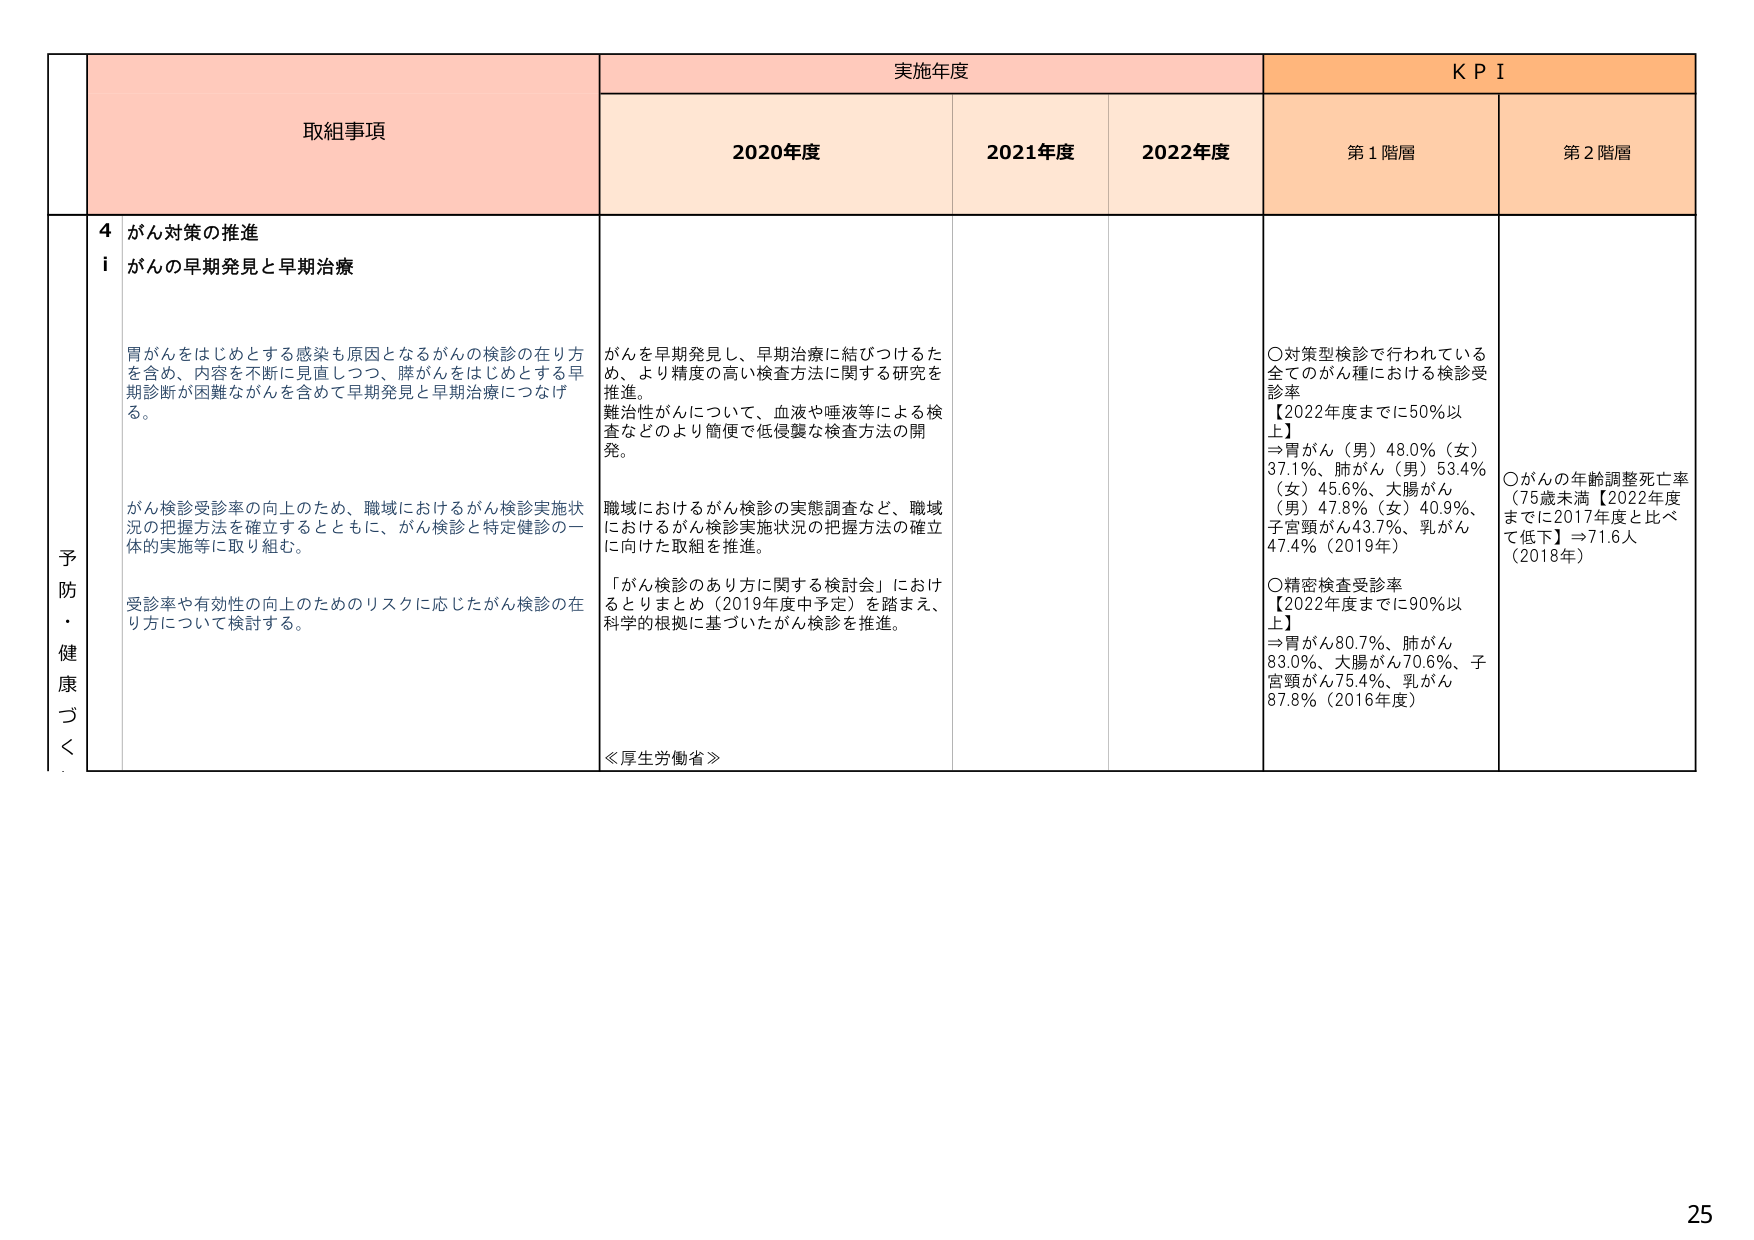
予防・健康づくり

取組事項

実施年度

KPI

2020年度

2021年度

2022年度

第1階層

第2階層

4 がん対策の推進

i がんの早期発見と早期治療

胃がんをはじめとする感染も原因となるがんの検診の在り方を含め、内容を不断に見直しつつ、膵がんをはじめとする早期診断が困難ながんを含めて早期発見と早期治療につなげる。

がん検診受診率の向上のため、職域におけるがん検診実施状況の把握方法を確立するとともに、がん検診と特定健診の一体的実施等に取り組む。

受診率や有効性の向上のためのリスクに応じたがん検診の在り方について検討する。

がんを早期発見し、早期治療に結びつけるため、より精度の高い検査方法に関する研究を推進。

難治性がんについて、血液や唾液等による検査などのより簡便で低侵襲な検査方法の開発。

職域におけるがん検診の実態調査など、職域におけるがん検診実施状況の把握方法の確立に向けた取組を推進。

「がん検診のあり方に関する検討会」におけるとりまとめ（2019年度中予定）を踏まえ、科学的根拠に基づいたがん検診を推進。

≪厚生労働省≫

○対策型検診で行われている全てのがん種における検診受診率
【2022年度までに50％以上】
⇒胃がん（男）48.0％（女）37.1％、肺がん（男）53.4％（女）45.6％、大腸がん（男）47.8％（女）40.9％、子宮頸がん43.7％、乳がん47.4％（2019年）

○精密検査受診率
【2022年度までに90％以上】
⇒胃がん80.7％、肺がん83.0％、大腸がん70.6％、子宮頸がん75.4％、乳がん87.8％（2016年度）

○がんの年齢調整死亡率（75歳未満【2022年度までに2017年度と比べて低下】⇒71.6人（2018年）

25